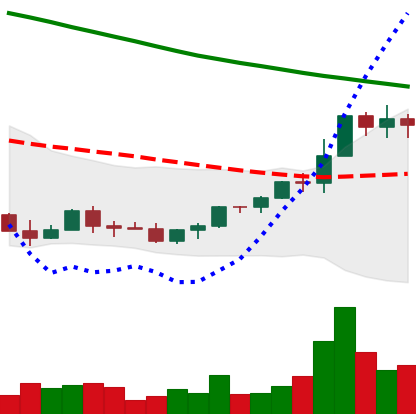
Ticker: EOS-USD
Chart end date: 2022-03-25
Forward return: 17.024%
Label: up_7plus